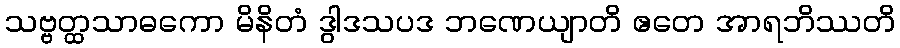
သဗ္ဗတ္ထသာဓကော မိနိတံ ဒွါဒသပဒ ဘဏေယျာတိ ဧတေ အာရဘိဿတိ